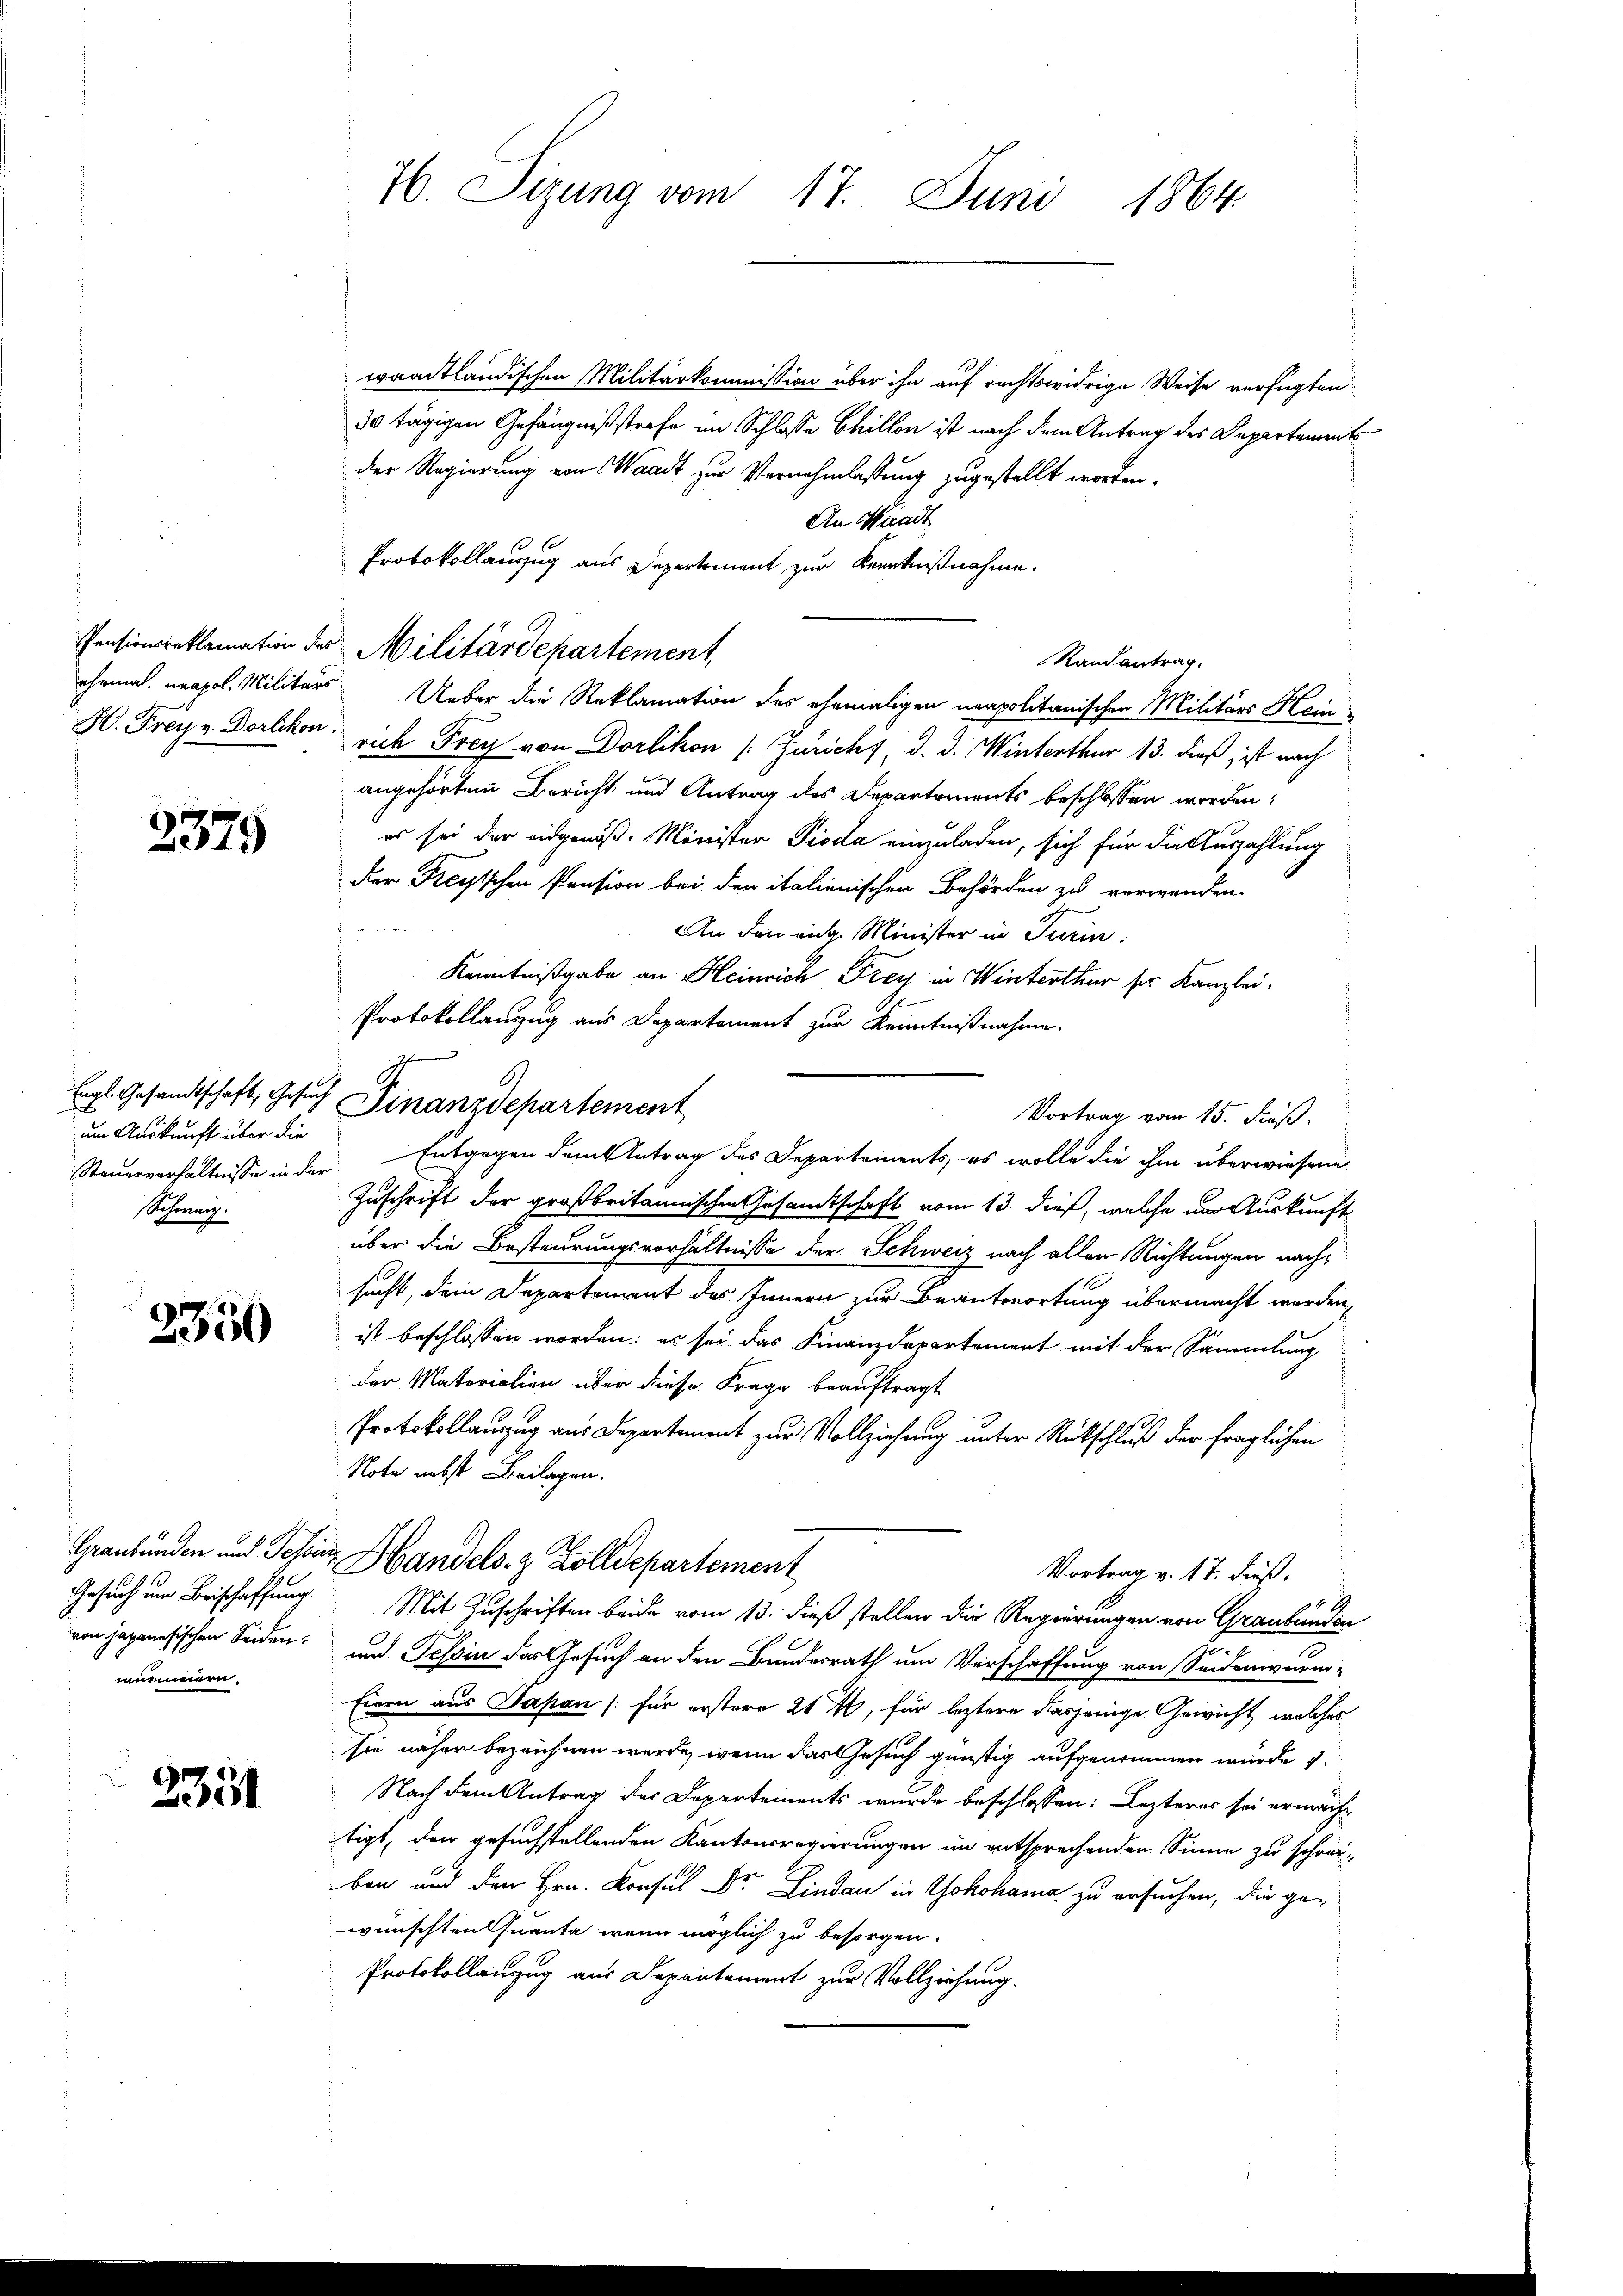
2379

um Auskunft über die
Scherung.

2350

wurmaiern.

2351

waadtländischen Militärkommission über ihn auf rechtswidrige Weise verfügten
30 tägigen Gefängnißstrafe im Schlosse Chillon ist nach dem Antrag des Departement
der Regierung von Waadt zur Vernehmlassung zugestellt worden,
An Waadt
Protokollauszug aus Departement zur Kenntnißnahme.
Pensionsreklamation des Militärdepartement,
Randantrag.
ehemal neapol. Militärs Ueber die Reklamation des ehemaligen neapolitanischen Militärs Hein-
H. Freyz. Dorlikon, sich Frey von Dorlikon (: Züricht, d. d. Winterthur 13. dieß, ist nach
angehörten Bericht und Antrag des Departements beschlossen worden,
es sei der eidgenöß- Minister Pioda einzuladen, sich für die Auszahlung
Der Freyischen Pension bei den italienischen Behörden zu verwenden.
An den eig. Minister in Turin
Kenntnißgabe an Heinrich Frey in Winterthur ser Kanzlei.
Protokollanzug aus Departement zur Kenntnißnahme.
Egl Gesandtschaft, Gesuch Finanzdepartement
Vortrag vom 15. Fuß.
Steuerverhältnisse in der Entgegen dem Antrag des Departements, es wolle die ihm überwiesene
Zuschrift der großbritannischen Gesamtschaft vom 13. dieß, welche um Auskunft
über die Besteurungsverhältnisse der Schweiz nach allen Richtungen nachsucht, dem Departement des Innern zur Beantwortung übermacht werden,
ist beschlossen worden: es sei das Finanzdepartement mit der Sammlung
der Materialien über diese Frage beauftragt
Protokollanzug aus Departement zur Vollziehung unter Rückschluß der fraglichen
Note nebst Beilagen.
Graubünden und Tessin, Handels- & Zolldepartement
Vortrag v. 17. dieß.
Gesuch um Beschaffung Mit Zuschriften beide vom 13. dieß stellen die Regierungen von Graubünden
von japanesischen Seiden und Tessin des Gesuch an den Bundesrath um Verschaffung von Seidenwurm-
Eiern aus Papan (für erstere 21, für leztere dasjenige Gewicht, welches
sie näher bezeichnen werde, wenn das Gesuch günstig aufgenommen würde v.
Nach dem Antrag der Departements wurde beschlossen: Lezteres sei ermächtigt, den gesuchstellenden Kantonsregierungen im entsprechenden Sinne zu schreiben und den Hrn. Konsul Dr. Lindau in Yokohama zu ersuchen, die ge-
wünschten Quanta, wenn möglich zu besorgen.
Protokollauszug aus Departement zur Vollziehung.

76. Sizung vom 17. Juni 1864